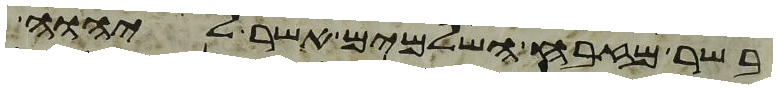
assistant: בשר מזבח השלמים אשר ליהוה